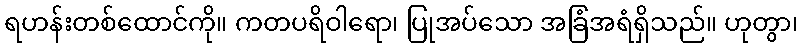
ရဟန်းတစ်ထောင်ကို။ ကတပရိဝါရော၊ ပြုအပ်သော အခြံအရံရှိသည်။ ဟုတွာ၊